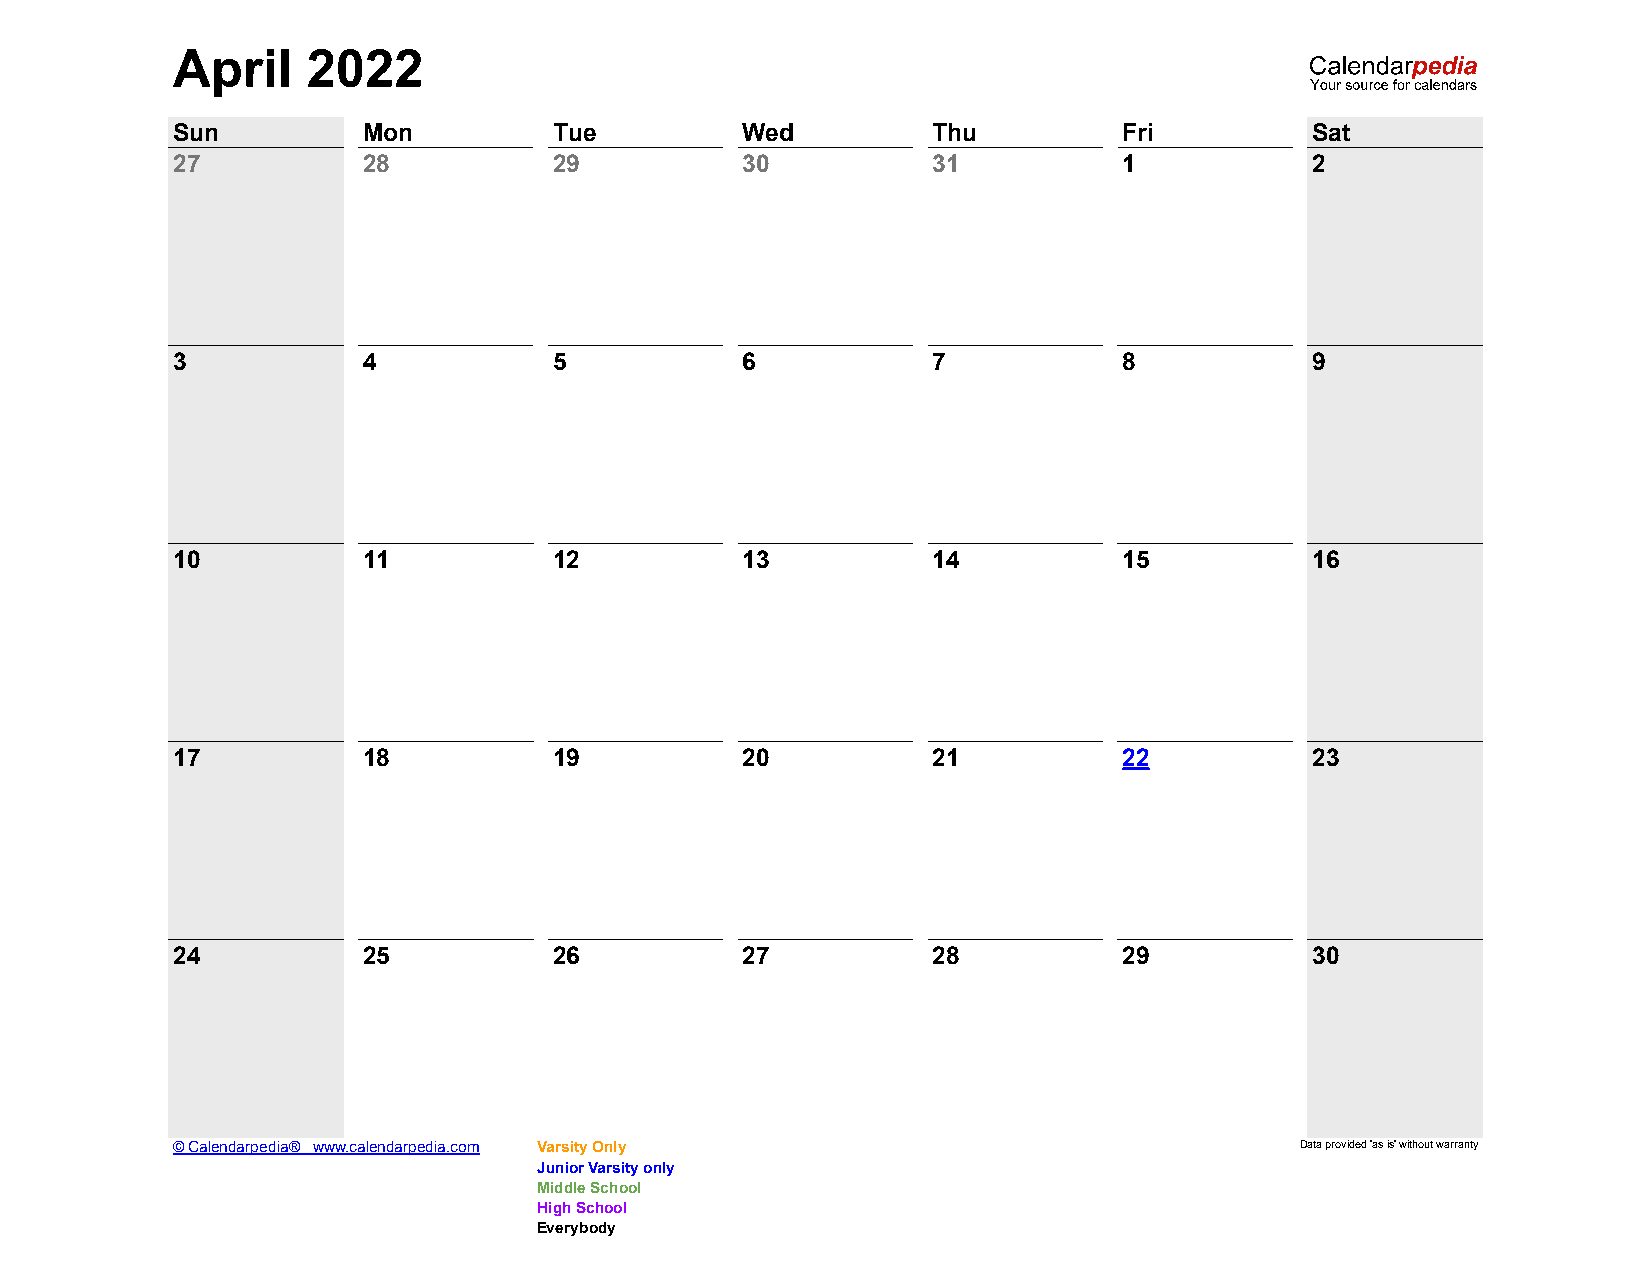
April    2022
 Sun          Mon          Tue         Wed          Thu         Fri          Sat
 27           28           29          30           31          1            2
 3            4            5           6            7           8            9
 10           11           12          13           14          15           16
 17           18           19          20           21          22           23
 24           25           26          27           28          29           30
 © Calendarpedia® www.calendarpedia.com Varsity Only                        Data provided 'as is' without warranty
 Junior Varsity only
 Middle School
 High School
 Everybody